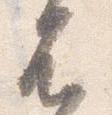
不